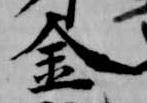
金